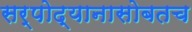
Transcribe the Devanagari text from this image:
सर्पोद्यानासोबतच